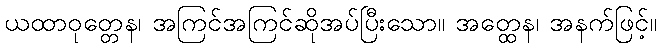
ယထာဝုတ္တေန၊ အကြင်အကြင်ဆိုအပ်ပြီးသော။ အတ္ထေန၊ အနက်ဖြင့်။